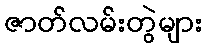
ဇာတ်လမ်းတွဲများ